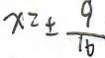
x = \pm \frac { 9 } { 1 6 }